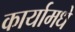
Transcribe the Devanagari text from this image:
कार्यामधे